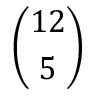
\binom { 1 2 } { 5 }